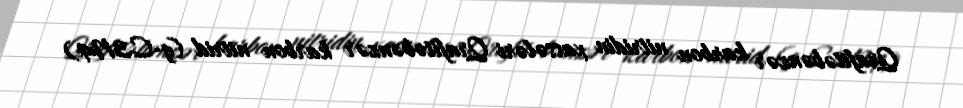
Qrafitəbənzər karbon nitridin xassələri Qrafitəbənzər karbon nitrid (g-C3N4)